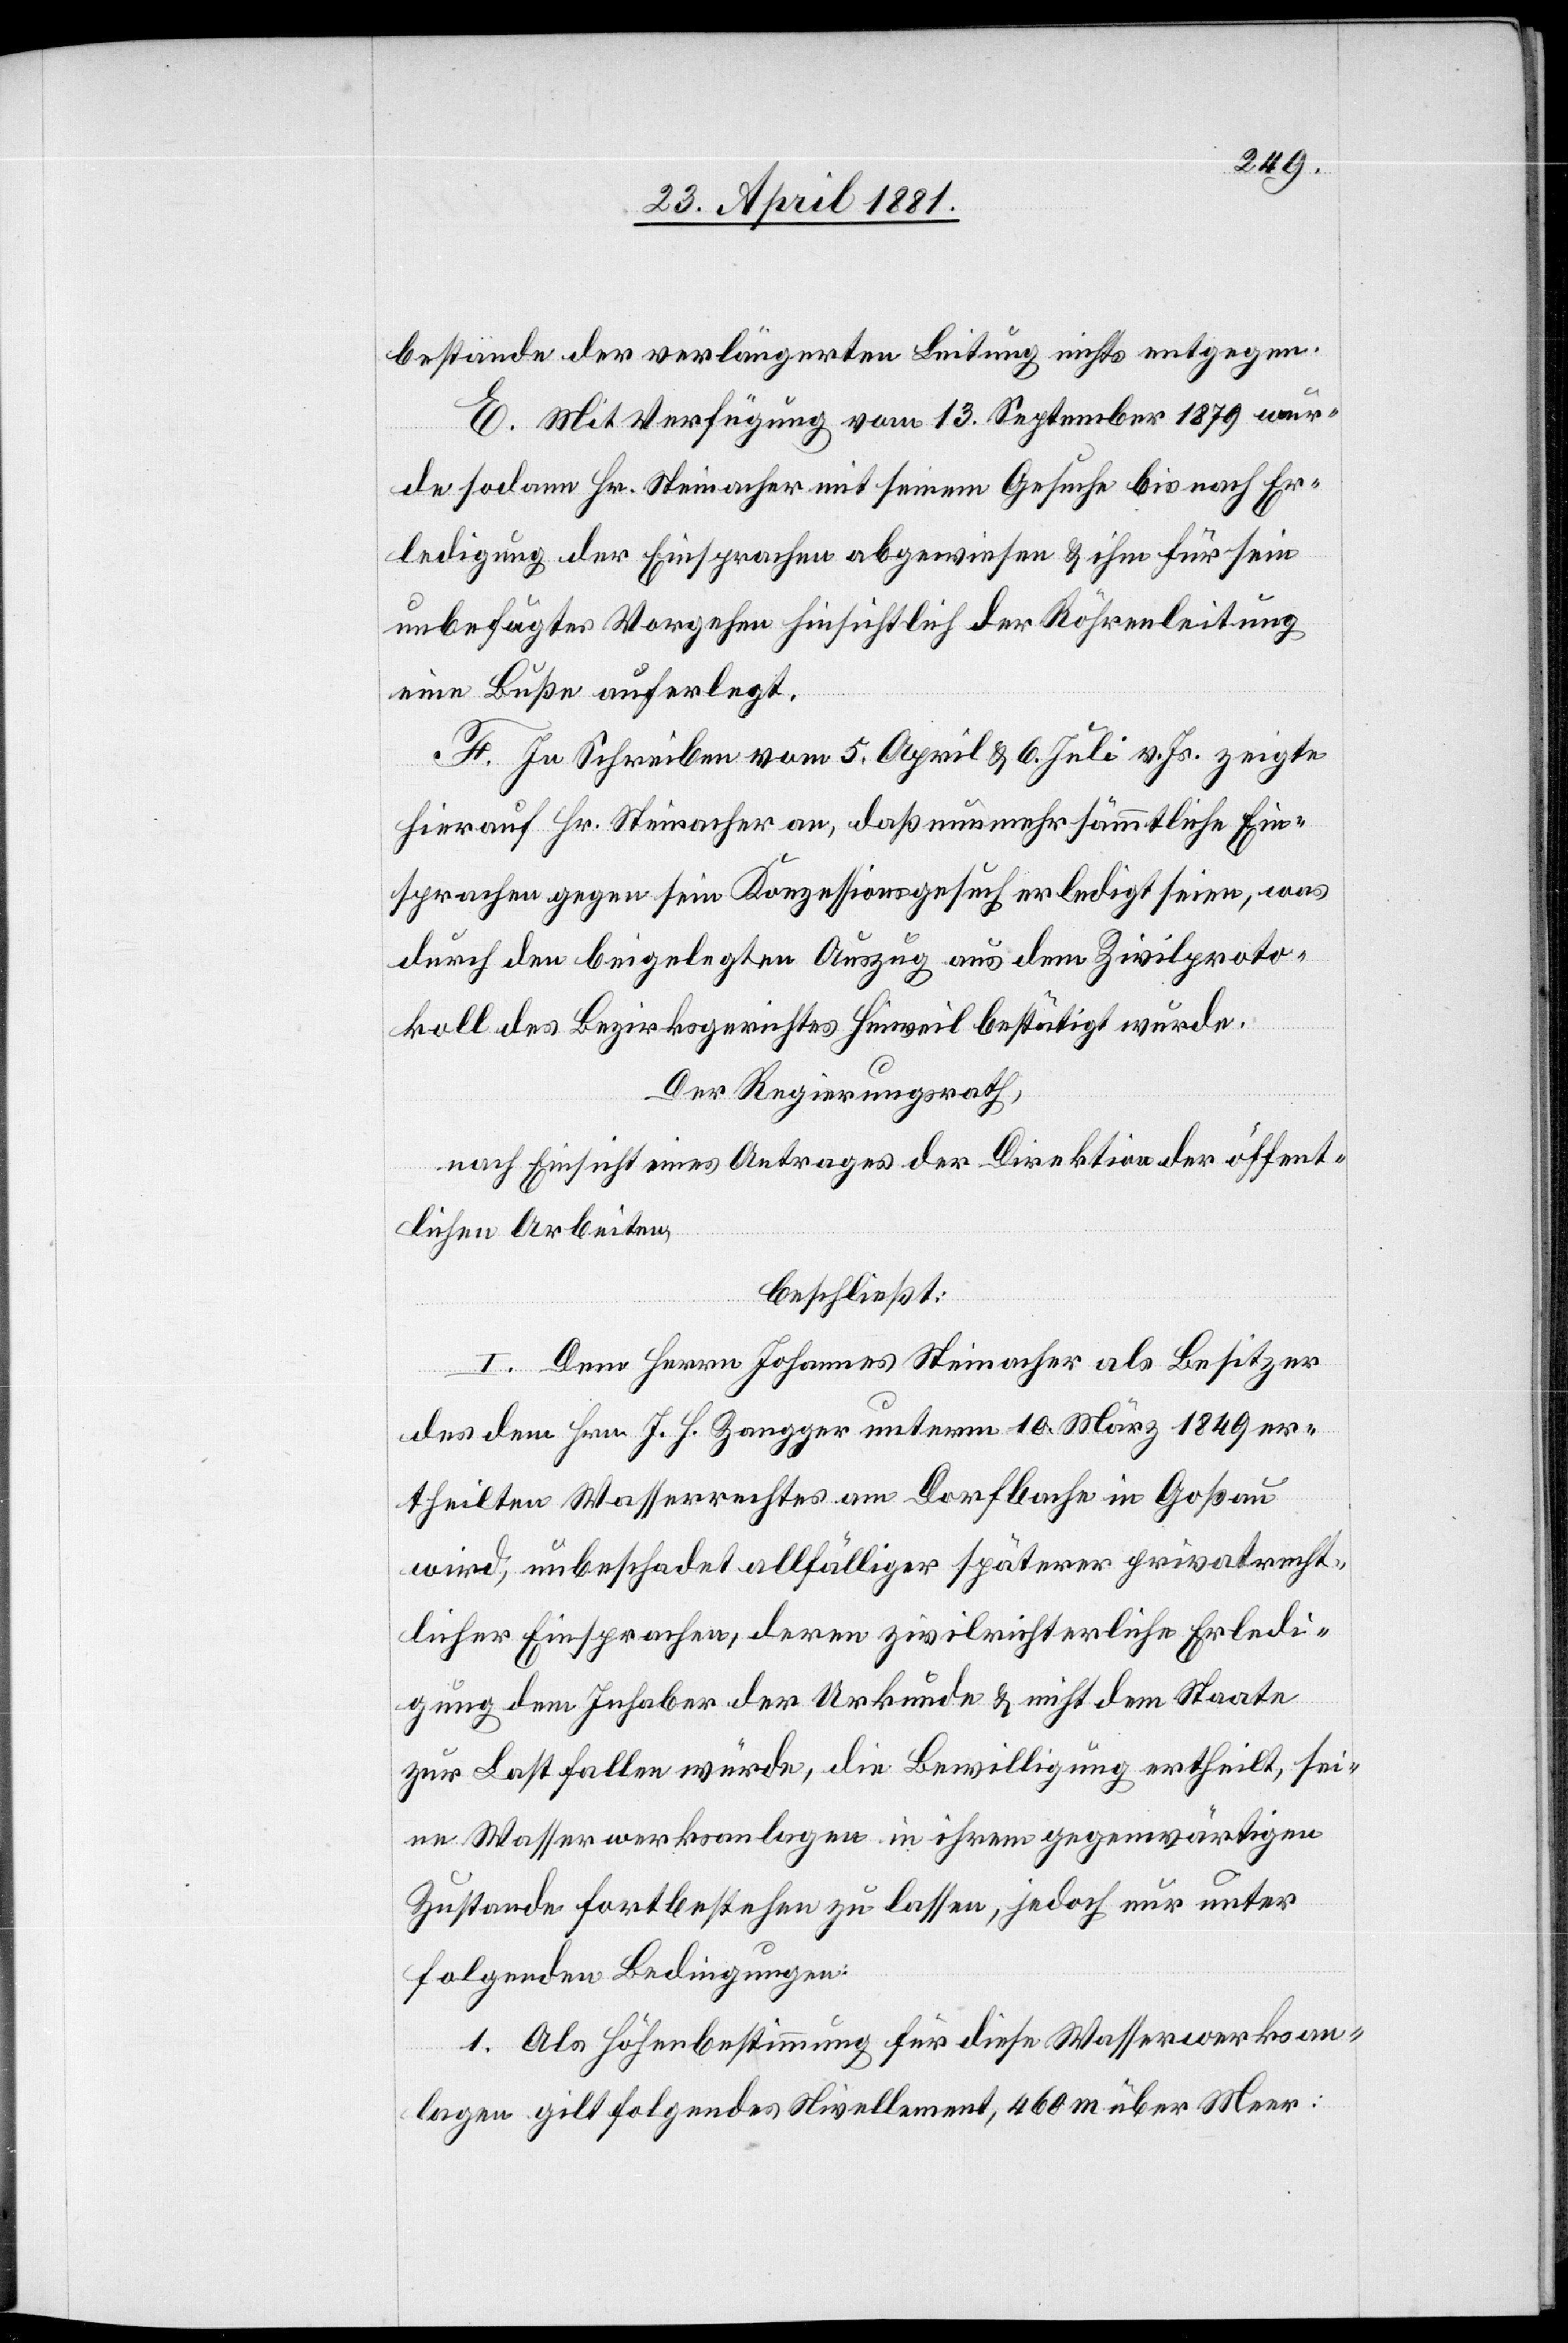
bestände der verlängerten Leitung nichts entgegen.
E. Mit Verfügung vom 13. September 1879 wur¬
de sodann Hr. Steinacher mit seinem Gesuche bis nach Er¬
ledigung der Einsprache abgewiesen & ihm für sein
unbefugtes Vorgehen hinsichtlich der Röhrenleitung
eine Buße auferlegt.
F. In Schreiben vom 5. April & 6. Juli v. Js. zeigte
hierauf Hr. Steinacher an, daß nunmehr sämmtliche Ein¬
sprachen gegen sein Konzessionsgesuch erledigt seien, was
durch den beigelegten Auszug aus dem Zivilproto¬
koll des Bezirksgerichtes Hinweil bestätigt wurde.
Der Regierungsrath,
nach Einsicht eines Antrage der Direktion öffent¬
lichen Arbeiten,
beschließt:
I. Dem Herrn Johannes Steinacher als Besitzer
des dem Hrn. J. H. Zangger unterm 10. März 1849 er¬
theilten Wasserrechtes am Dorfbach in Goßau
wird, unbeschadet allfälliger späterer privatrecht¬
licher Einsprachen, deren zivilrichterliche Erledi¬
gung den Inhaber der Urkunde & nicht dem Staate
zur Last fallen würde, die Bewilligung ertheilt, sei¬
ne Wasserwerksanlagen in ihrem gegenwärtigen
Zustande fortbestehen zu lassen, jedoch nur unter
folgenden Bedingungen:
1. Als Höhenbestimmung für diese Wasserwerkan¬
lagen gilt folgendes Nivellement, 460 m über Meer: